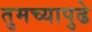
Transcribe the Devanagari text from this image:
तुमच्यापुढे